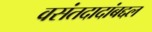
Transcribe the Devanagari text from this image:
वसंतदादांबद्दल